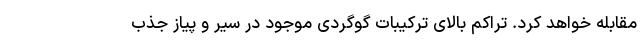
مقابله خواهد کرد. تراکم بالای ترکیبات گوگردی موجود در سیر و پیاز جذب